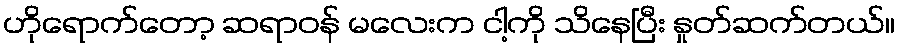
ဟိုရောက်တော့ ဆရာဝန် မလေးက ငါ့ကို သိနေပြီး နှုတ်ဆက်တယ်။